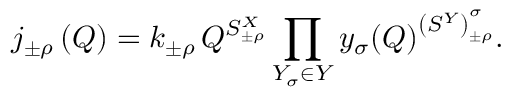
j _ { \pm \rho } ^ { \mathrm { ~ \, ~ } } \left( Q \right) = k _ { \pm \rho } \, Q ^ { S _ { \pm \rho } ^ { X } } \prod _ { Y _ { \sigma } \in Y } { y } _ { \sigma } ( Q ) ^ { \left( { S ^ { Y } } \right) _ { \pm \rho } ^ { \sigma } } .